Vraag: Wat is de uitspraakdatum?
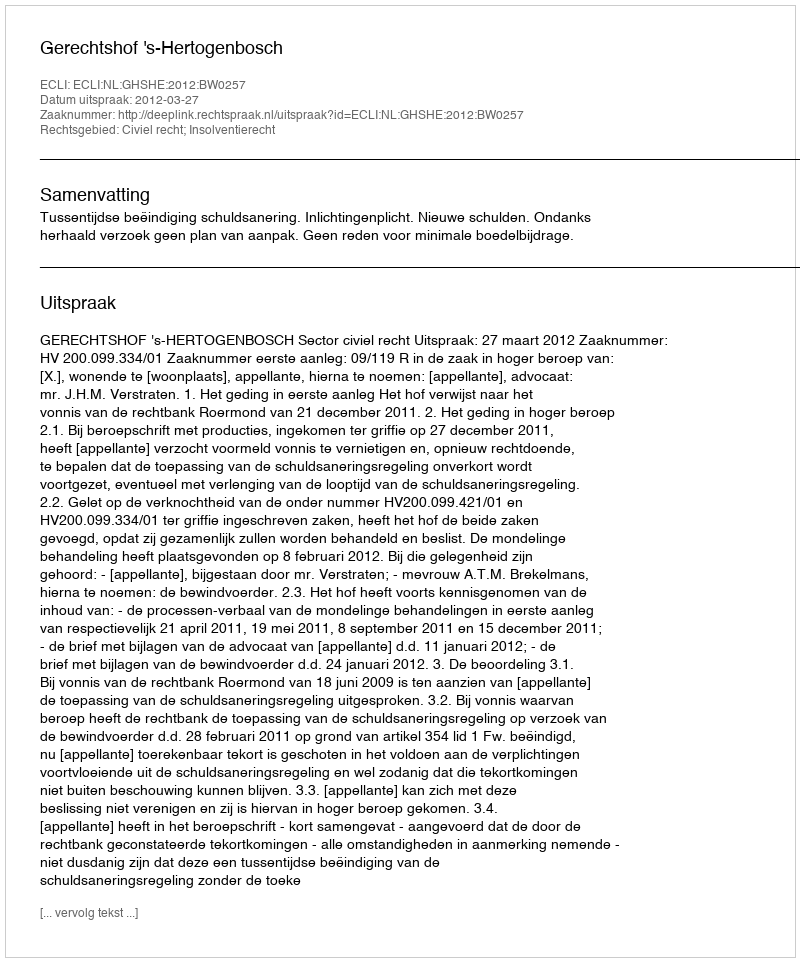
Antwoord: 2012-03-27